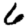
Digit: 6